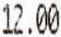
12.00